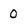
Character: 0